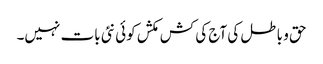
حق و باطل کی آج کی کش مکش کوئی نئی بات نہیں۔